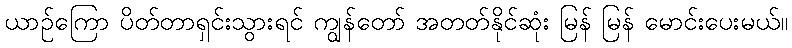
ယာဉ်ကြော ပိတ်တာရှင်းသွားရင် ကျွန်တော် အတတ်နိုင်ဆုံး မြန် မြန် မောင်းပေးမယ်။